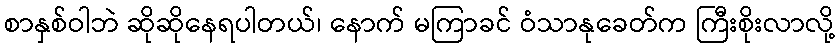
စာနှစ်ဝါဘဲ ဆိုဆိုနေရပါတယ်၊ နောက် မကြာခင် ဝံသာနုခေတ်က ကြီးစိုးလာလို့